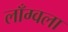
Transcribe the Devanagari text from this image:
लाँग्वला